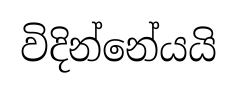
විදින්නේයයි